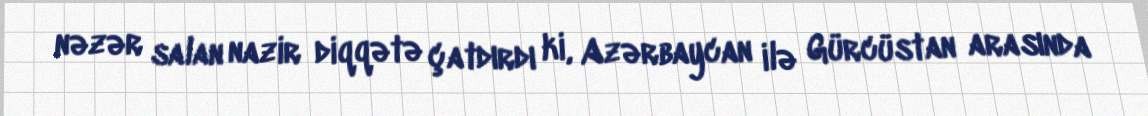
nəzər salan nazir diqqətə çatdırdı ki, Azərbaycan ilə Gürcüstan arasında